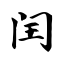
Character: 闰